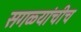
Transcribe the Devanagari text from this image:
सगळ्यांचीच